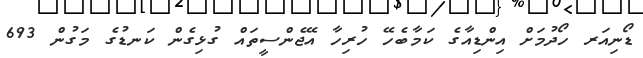
ޑޯނިއަރ ހޯދުމަށް އިންޑިއާގެ ކަމާބެހޭ ހުރިހާ އޭޖެންސީތައް ގުޅިގެން ކަނޑުގެ މަގުން 693